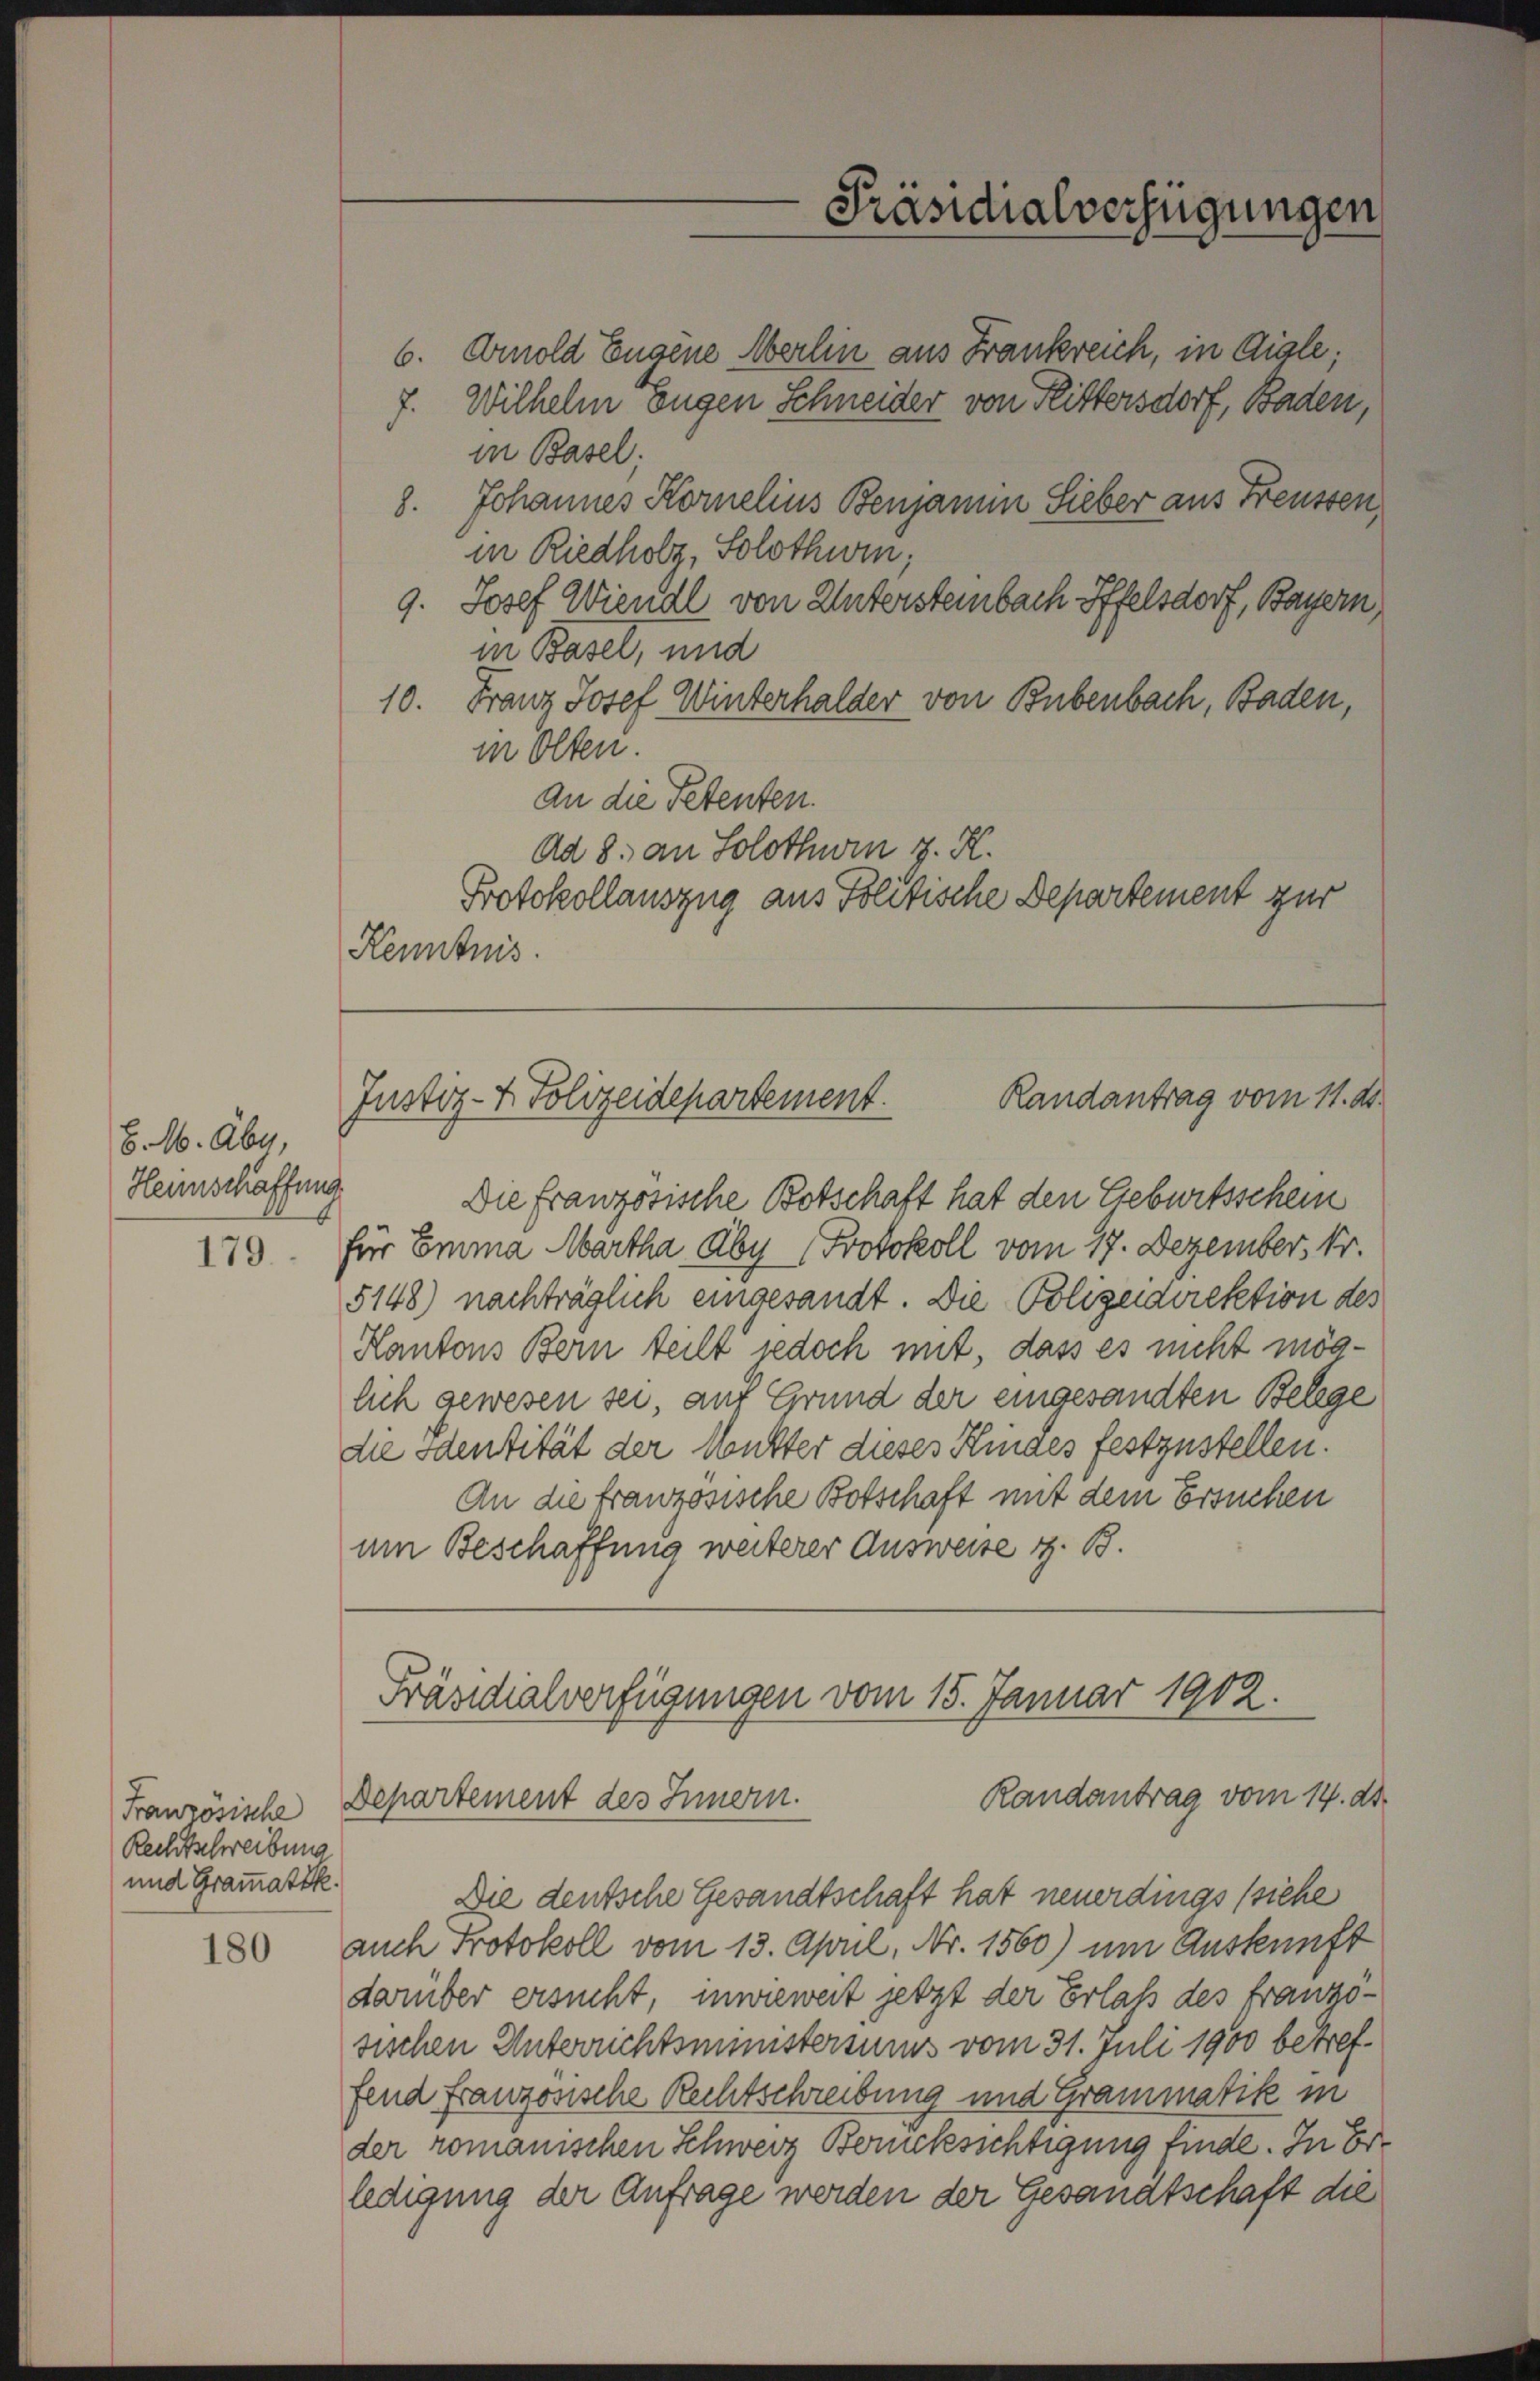
S. M. Aber,
Hennschaffung
179.

Rechtschreibung
und Grammatik.

180

Präsidialverfügungen

6. Arnold Eugene Merlin aus Frankreich, in Aigle;
7. Wilhelm Eugen Schneider von Flittersdorf, Baden,
in Basel.
8. Johannes Kornelins Benjanum Sieber aus Freussen
in Riedholz, Solothurn,
9. Josef Wiendl von Untersteinbach Affelsdorf, Bayern,
in Basel, und
10. Franz Josef Winterhalder von Bubenbach, Baden,
in Olten.
An die Petenten.
Ad 8. an Solothurn z. K.
Protokollauszug aus Politische Departement zur
Kenntnis.

Randantrag vom 11. ds.
Justiz- & Polizeidepartement.

Präsidialverfügungen vom 15. Januar 1902.
Randantrag vom 14. d.
Französische Departement des Innern.

Die deutsche Gesandtschaft hat neuerdings (siehe
auch Protokoll vom 13. April, Nr. 1560) um Auskunft
darüber ersucht, inwieweit jetzt der Erlass des franzosischen Unterrichtsministersums vom 31. Juli 1900 betreffend franzosische Rechtschreibung und Grammatik in
der romanischen Schweiz Berücksichtigung finde. In Erledigung der Anfrage werden der Gesandtschaft die

Die französische Botschaft hat den Geburtsschein
für Emma Martha Aby (Protokoll vom 17. Dezember, 14.
5148) nachträglich eingesandt. Die Polizeidirektion des
Kantons Bern teilt jedoch mit, dass es nicht möglich gewesen sei, auf Grund der eingesandten Belege
die Identität der Mutter dieses Kindes festzustellen.
An die französische Botschaft mit dem Ersuchen
um Beschaffung weiterer Ausweise z. B.